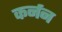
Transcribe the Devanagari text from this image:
कर्नन